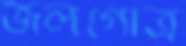
জলগোত্র